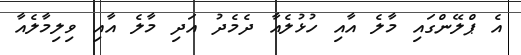
އެ ޕްލޭންގައި މާލެ އާއި ހުޅުލެއާ ދެމެދު އަދި މާލެ އާއި ވިލިމާލެއާ